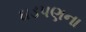
ઘડપણના